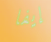
إيفا